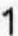
1